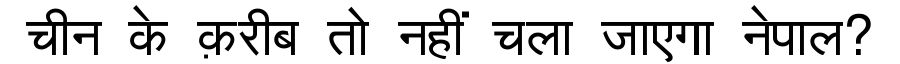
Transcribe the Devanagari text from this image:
चीन के क़रीब तो नहीं चला जाएगा नेपाल?